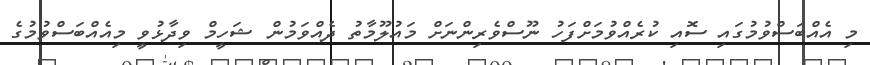
މި އެއްބަސްވުމުގައި ސޮއި ކުރެއްވުމަށްފަހު ނޫސްވެރިންނަށް މައުލޫމާތު ދެއްވަމުން ޝަހީމް ވިދާޅުވީ މިއެއްބަސްވުމުގެ